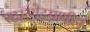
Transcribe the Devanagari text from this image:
स्टारगेटमागील